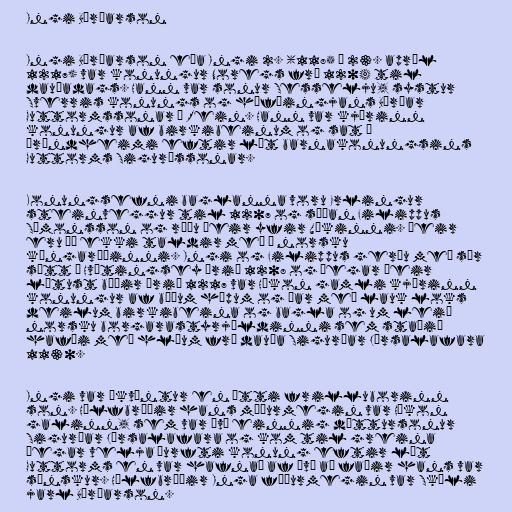
Ingi Bárðarson

Ingi Bárðarson eða Ingi 2. (1185 – 23. apríl
1217) var konungur Noregs frá 1204 til
dauðadags. Hann var sonur Sesselju, systur
Sverris konungs og höfðingjans Bárðar
Guttormssonar á Rein. Hann var kjörinn
konungur af birkibeinum og sat í
Þrándheimi eftir lát barnakonungsins
Guttorms Sigurðssonar.

Konungsefni baglanna voru Erlingur
steinveggur til 1207 og síðan Filippus
Símonsson og réðu þeir yfir Víkinni. Þeir
eru þó ekki taldir með í norsku
kóngaröðinni. Ingi og Filippus gerðu með sér
sátt á Hvítingsey árið 1208 og þegar þeir
létust báðir árið 1217 var Hákon gamli kjörinn
konungur af báðum hópum og þar með lauk loks
deilum birkibeina og bagla og um leið
norsku borgarastyrjöldinni sem staðið
hafði með hléum frá dauða Sigurðar Jórsalafara
1130.

Ingi var ókvæntur en átti frilluborinn
son. Hálfbróðir hans móðurmegin var Hákon
galinn, sem var því einnig dóttursonur
Sigurðar Jórsalafara og kom til greina
þegar velja þurfti konung eftir lát
Guttorms en var hafnað af því að faðir hans var
sænskur. Hálfbróðir Inga föðurmegin var Skúli
jarl Bárðarson.